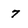
Character: 7